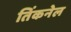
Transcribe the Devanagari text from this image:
तिंकनेल